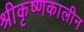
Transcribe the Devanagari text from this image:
श्रीकृष्णकालीन